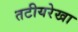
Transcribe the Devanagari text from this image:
तटीयरेखा